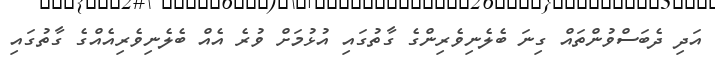
އަދި ދެބަސްވުންތައް ގިނަ ބެލެނިވެރިންގެ ގާތުގައި އުޅުމަށް ވުރެ އެއް ބެލެނިވެރިއެއްގެ ގާތުގައި